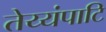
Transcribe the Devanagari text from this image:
तेय्यंपाटि